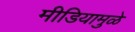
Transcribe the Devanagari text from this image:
मीडियामुळे